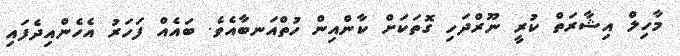
މާހިލް އިޝާރަަތް ކުރީ ނޫރްދަހި ގޮތަކަށް ކާންއިން ހުތްއަނބާއެވެ. ބައެއް ފަހަރު އެހެންއިދެފައި